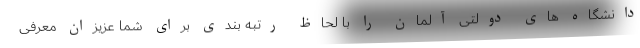
دانشگاه های دولتی آلمان را با لحاظ رتبه بندی برای شما عزیزان معرفی